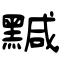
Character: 黬